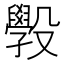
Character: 𭯄